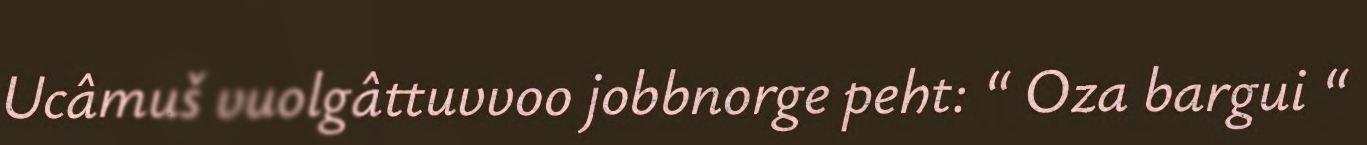
Ucâmuš vuolgâttuvvoo jobbnorge peht: “ Oza bargui “